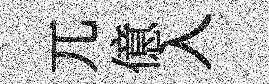
兀億入